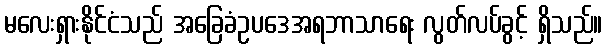
မလေးရှားနိုင်ငံသည် အခြေခံဥပဒေအရဘာသာရေး လွတ်လပ်ခွင့် ရှိသည်။